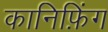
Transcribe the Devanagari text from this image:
कानिफ़िंग